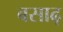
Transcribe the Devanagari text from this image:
बसाढ़